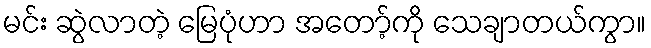
မင်း ဆွဲလာတဲ့ မြေပုံဟာ အတော့်ကို သေချာတယ်ကွာ။